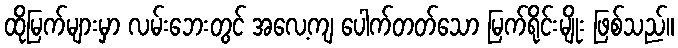
ထိုမြက်များမှာ လမ်းဘေးတွင် အလေ့ကျ ပေါက်တတ်သော မြက်ရိုင်းမျိုး ဖြစ်သည်။